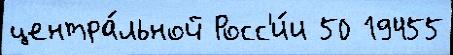
центра́льной Росс'и́и 50 19455